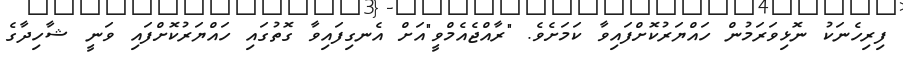
ފިރިހެނަކު ނޮޅިވަރަމުން ހައްޔަރުކޮށްފައިވާ ކަމަށެވެ. "ރާއްޖެއެމްވީ"އަށް އެނގިފައިވާ ގޮތުގައި ހައްޔަރުކޮށްފައި ވަނީ ޝާހިދާގެ